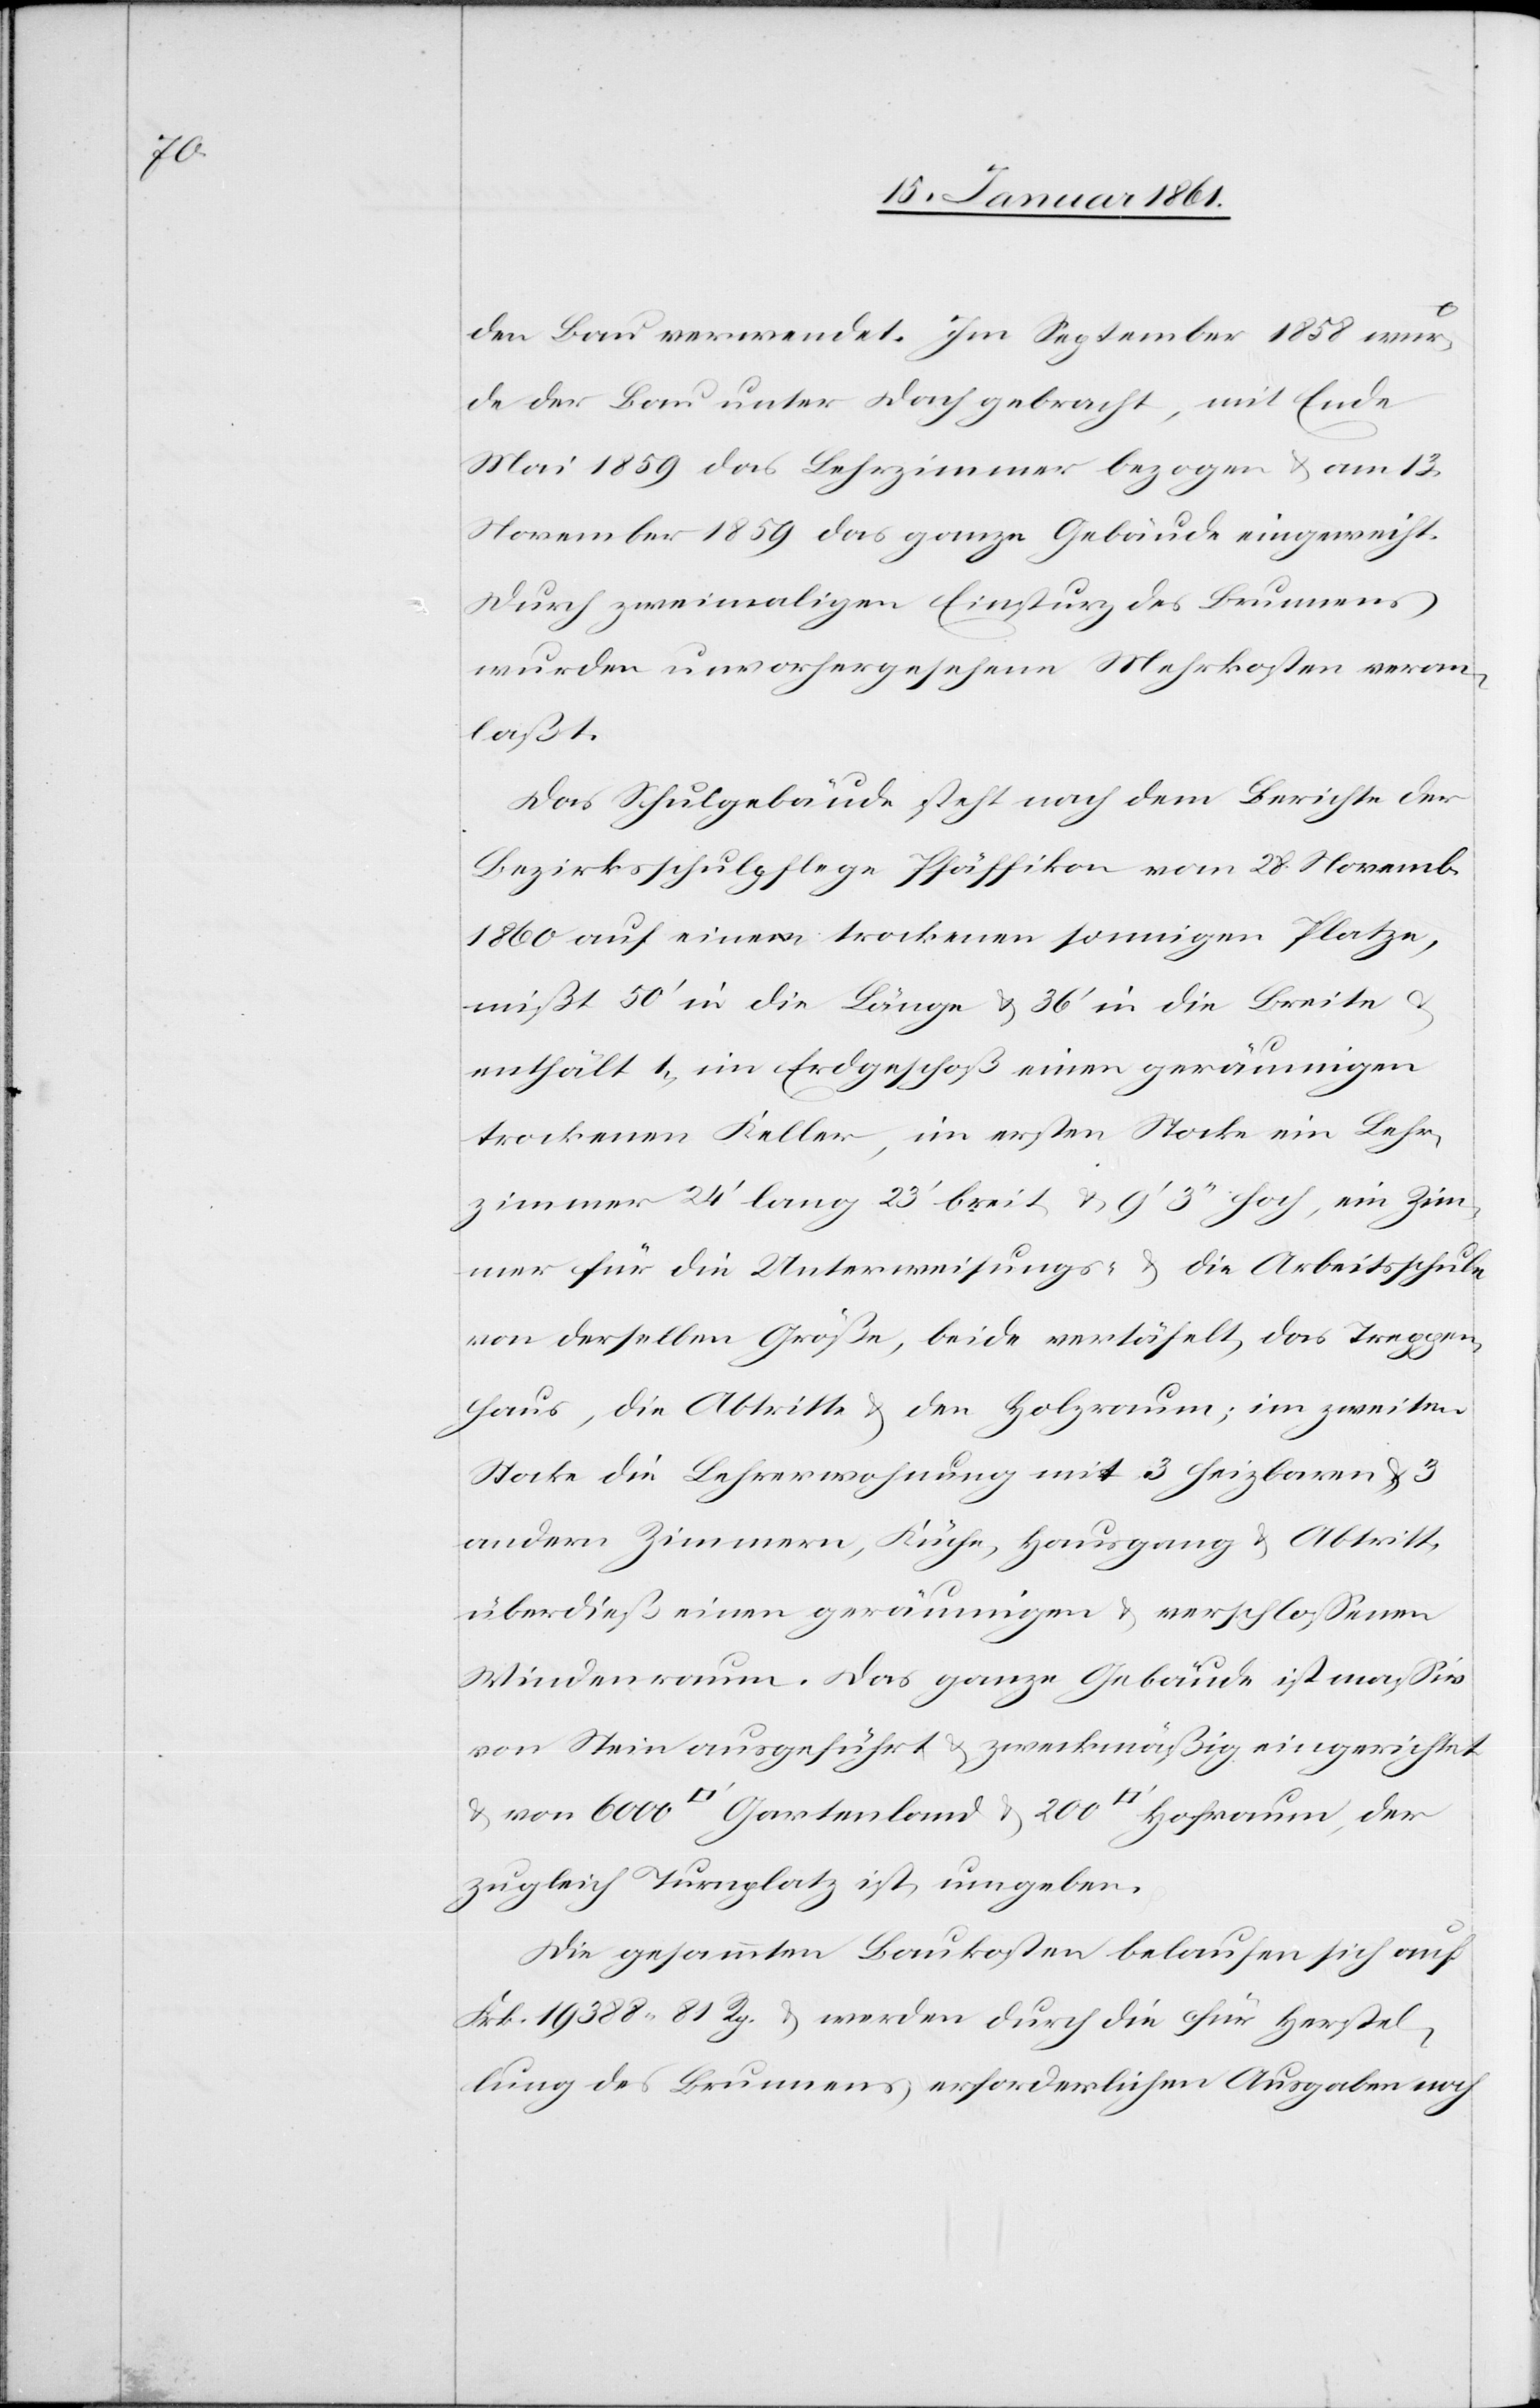
200

den Bau verwendet. Im September 1858 wur¬
de der Bau unter Dach gebracht, mit Ende
Mai 1859 das Lehrzimmer bezogen u. am 13.
November 1859 das ganze Gebäude eingeweiht.
Durch zweimaligen Einsturz des Brunnens
wurden unvorhergesehene Mehrkosten veran¬
laßt.
Das Schulgebäude steht nach dem Berichte der
Bezirksschulpflege Pfäffikon vom 28. Novemb.
1860 auf einem trockenen sonnigen Platze,
mißt 50’ in die Länge u. 36’ in die Breite u.
enthält 1) im Erdgeschoß einen geräumigen
trockenen Keller, im ersten Stocke ein Lehr¬
zimmer 24’ lang 23’ breit u. 9’ 3’’ hoch, ein Zim¬
mer für die Unterweisungs- u. die Arbeitsschule
von derselben Größe, beide vertäfelt, das Treppen¬
haus, die Abtritte u. den Holzraum; im zweiten
Stocke die Lehrerwohnung mit 3 heizbaren u. 3
andern Zimmer, Küche, Hausgang u. Abtritt,
überdieß einen geräumigen u. verschlossenen
Windenraum. Das ganze Gebäude ist massiv
von Stein ausgeführt u. zweckmäßig eingerichtet
zugleich Turnplatz ist, umgeben.
Die gesammten Baukosten belaufen sich auf
Frk. 19 388 81 Rp. u. werden durch die für Herstel¬
lung des Brunnens erforderlichen Ausgaben noch